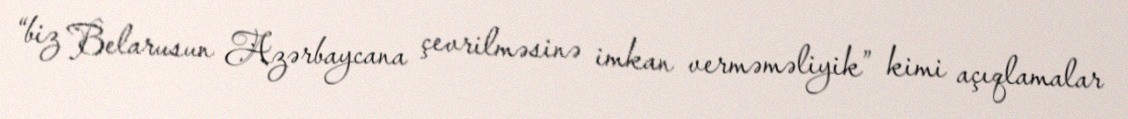
“biz Belarusun Azərbaycana çevrilməsinə imkan verməməliyik” kimi açıqlamalar